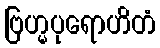
ဗြဟ္မပုရောဟိတံ